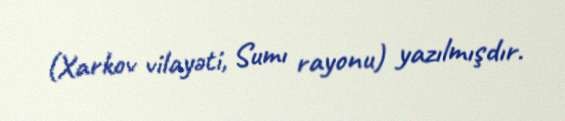
(Xarkov vilayəti, Sumı rayonu) yazılmışdır.